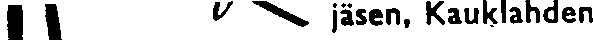
jäsen, Kauklahden